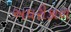
અઘરીકાળ